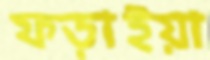
ফড়াইয়া